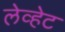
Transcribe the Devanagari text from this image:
लेव्हेट